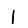
Digit: 1